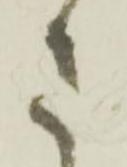
さ